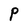
Character: P